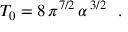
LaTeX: T _ { 0 } = 8 \, \pi ^ { 7 / 2 } \, \alpha ^ { \, 3 / 2 } ~ ~ .